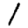
Digit: 1